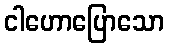
ငါဟောပြောသော